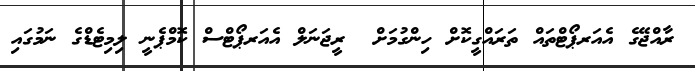
ރާއްޖޭގެ އެއަރޕޯޓްތައް ތަރައްގީކޮށް ހިންގުމަށް  ރީޖަނަލް އެއަރޕޯޓްސް ކޮމްޕެނީ ލިމިޓެޑްގެ ނަމުގައި